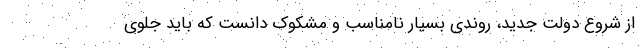
از شروع دولت جدید، روندی بسیار نامناسب و مشکوک دانست که باید جلوی